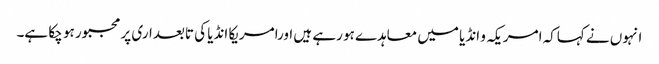
انہوں نے کہاکہ امریکہ و انڈیا میں معاہدے ہو رہے ہیں اورامریکا انڈیا کی تابعداری پر مجبور ہو چکا ہے۔